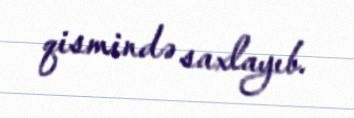
qismində saxlayıb.